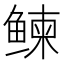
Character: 𬶠